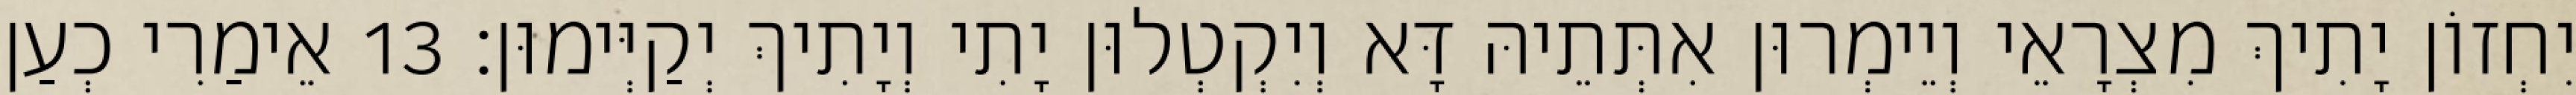
יִחְזוֹן יָתִיךְ מִצְרָאֵי וְיֵימְרוּן אִתְּתֵיהּ דָּא וְיִקְטְלוּן יָתִי וְיָתִיךְ יְקַיְּימוּן׃ 13 אֵימַרִי כְעַן